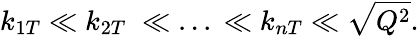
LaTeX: k_{1T}\ll k_{2T}\; \ll\; ...\; \ll k_{nT}\ll\sqrt{Q^{2}}.